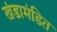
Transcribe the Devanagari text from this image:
खंडामंडित